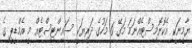
ޔާމީނަކީ އެކޮނޮމިސްޓެއްނަމަ މަގޭ 6 މަހުގެ ދަރިޔަކީ ސައިންޓިސްޓެއް މީ އެމްޑީޕީ ގެ